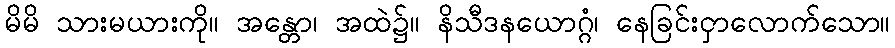
မိမိ သားမယားကို။ အန္တော၊ အထဲ၌။ နိသီဒနယောဂ္ဂံ၊ နေခြင်းငှာလောက်သော။